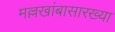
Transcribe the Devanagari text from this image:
मल्लखांबासारख्या